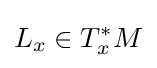
L_{x}\in T_{x}^{\ast }M